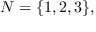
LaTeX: N = \{ 1 , 2 , 3 \} ,